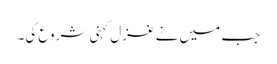
جب میں نے غزل کہنی شروع کی۔